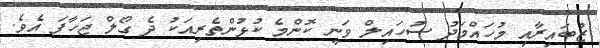
ޒުބައިރާއި މުހައްމަދު ސުހައިލް ވަނީ ކޮންމެ ކުޅުންތެރިއަކު ދެ ގޯލް ޖަހާފަ އެވެ.